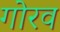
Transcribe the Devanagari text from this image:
गोरव